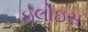
ઇલોઇસ